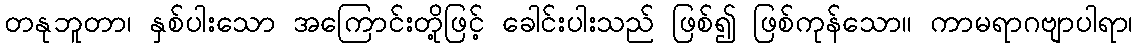
တနုဘူတာ၊ နှစ်ပါးသော အကြောင်းတို့ဖြင့် ခေါင်းပါးသည် ဖြစ်၍ ဖြစ်ကုန်သော။ ကာမရာဂဗျာပါရာ၊